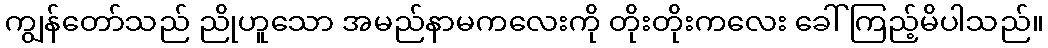
ကျွန်တော်သည် ညိုဟူသော အမည်နာမကလေးကို တိုးတိုးကလေး ခေါ်ကြည့်မိပါသည်။